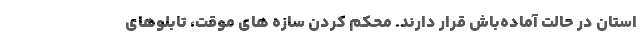
استان در حالت آماده‌باش قرار دارند. محکم کردن سازه های موقت، تابلوهای